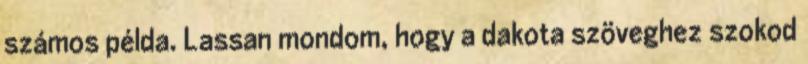
számos példa. Lassan mondom, hogy a dakota szöveghez szokod